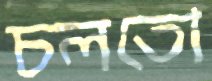
চলতো